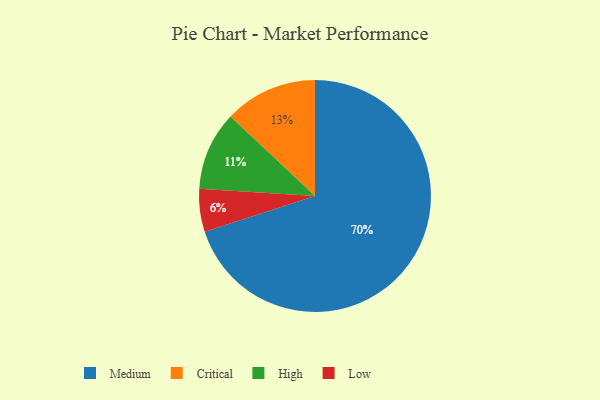
{"axis": {"x": "Category", "y": "Percentage"}, "legend": ["Critical", "High", "Low", "Medium"], "data": [{"x": "Critical", "y": 13, "type": "Critical"}, {"x": "Medium", "y": 70, "type": "Medium"}, {"x": "High", "y": 11, "type": "High"}, {"x": "Low", "y": 6, "type": "Low"}]}